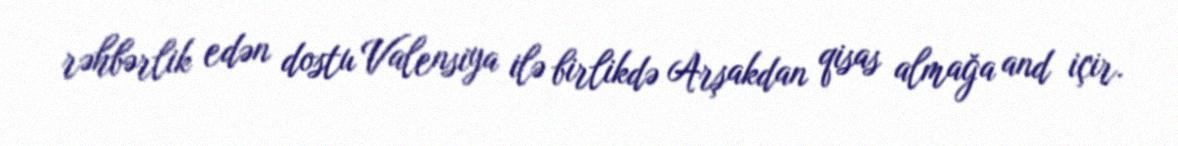
rəhbərlik edən dostu Valensiya ilə birlikdə Arşakdan qisas almağa and içir.